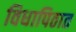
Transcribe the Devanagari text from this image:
विधापिठात